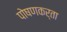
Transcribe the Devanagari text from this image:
पोषणकर्ता